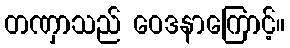
တဏှာသည် ဝေဒနာကြောင့်။